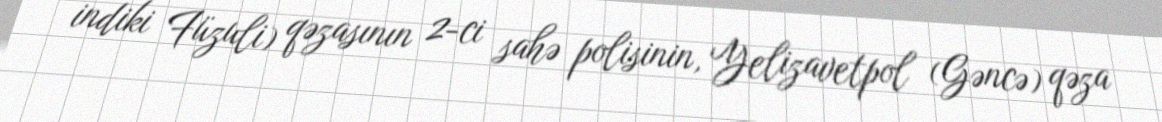
indiki Füzuli) qəzasının 2-ci sahə polisinin, Yelizavetpol (Gəncə) qəza